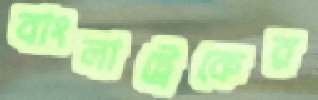
বাংলাট্রেকের